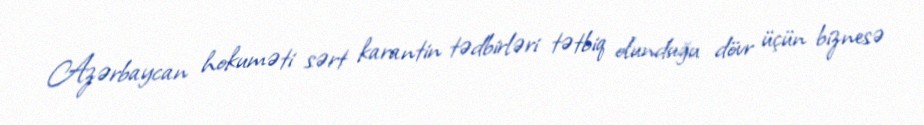
Azərbaycan hokuməti sərt karantin tədbirləri tətbiq olunduğu dövr üçün biznesə